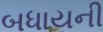
બધાયની